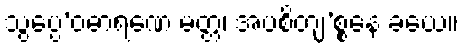
သွပ္ပေ’ဝဓာရဏေ မတ္တံ၊ အပစိတျ’စ္စနေ ခယေ။